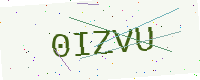
Text: 0IZVU